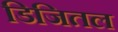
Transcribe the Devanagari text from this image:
डिजितल